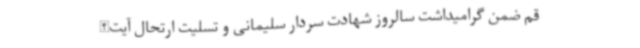
قم ضمن گرامیداشت سالروز شهادت سردار سلیمانی و تسلیت ارتحال آیت‌الله